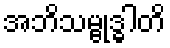
အဘိသမ္ဗုဒ္ဓါတိ